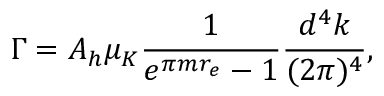
\Gamma = A _ { h } \mu _ { K } \frac { 1 } { e ^ { \pi m r _ { e } } - 1 } \frac { d ^ { 4 } k } { ( 2 \pi ) ^ { 4 } } ,